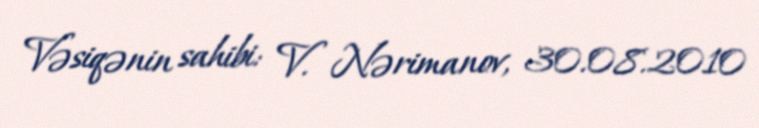
Vəsiqənin sahibi: V. Nərimanov, 30.08.2010